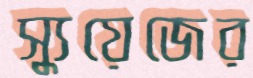
স্যুয়েজের